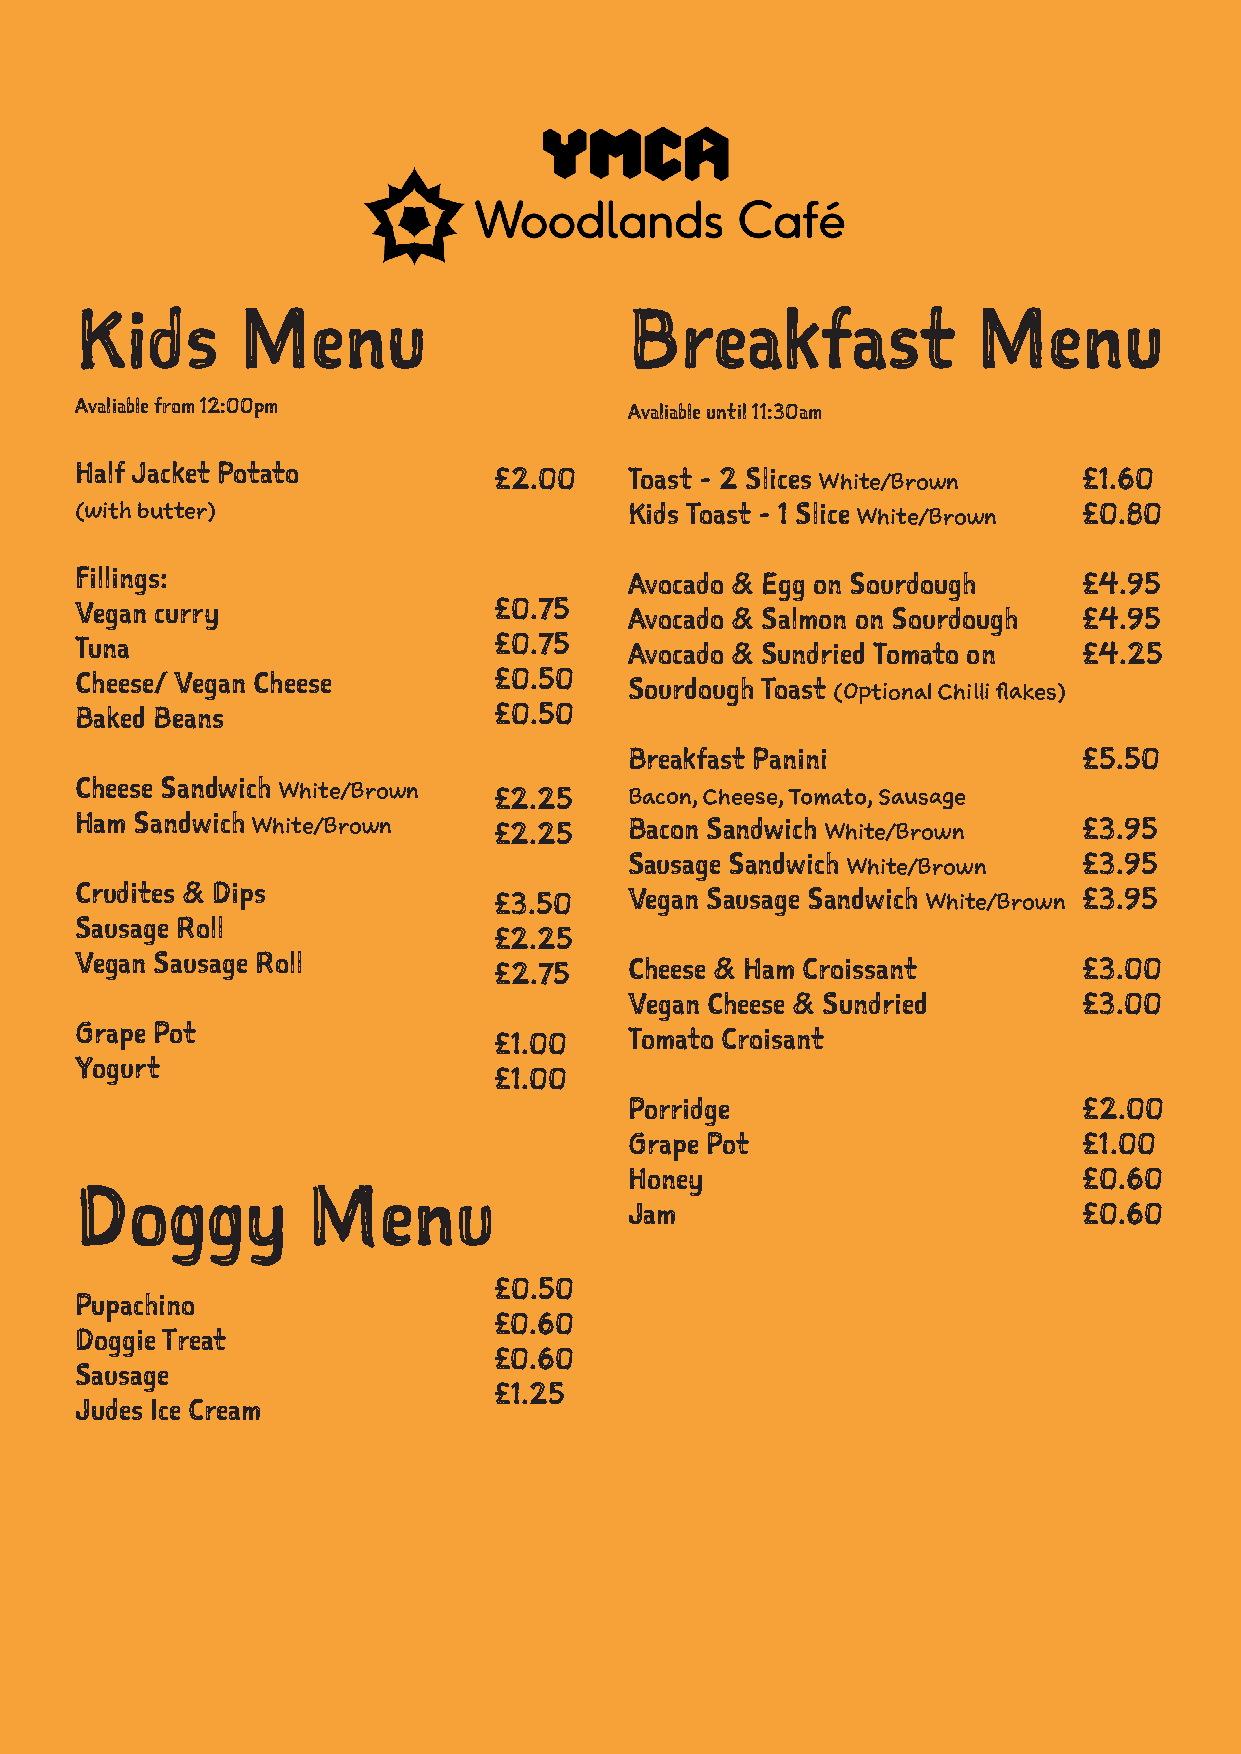
Kids       Menu                      Breakfast              Menu
 Avaliable from 12:00pm               Avaliable until 11:30am
 Half Jacket Potato          £2.00    Toast - 2 Slices White/Brown  £1.60
 (with butter)                        Kids Toast - 1 Slice White/Brown £0.80
 Fillings:                            Avocado & Egg on Sourdough    £4.95
 Vegan curry                 £0.75    Avocado & Salmon on Sourdough £4.95
 Tuna                        £0.75    Avocado & Sundried Tomato on  £4.25
 Cheese/ Vegan Cheese        £0.50    Sourdough Toast (Optional Chilli flakes)
 Baked Beans                 £0.50
 Breakfast Panini              £5.50
 Cheese Sandwich White/Brown £2.25    Bacon, Cheese, Tomato, Sausage
 Ham Sandwich White/Brown    £2.25    Bacon Sandwich White/Brown    £3.95
 Sausage Sandwich White/Brown  £3.95
 Crudites & Dips             £3.50    Vegan Sausage Sandwich White/Brown £3.95
 Sausage Roll
 £2.25
 Vegan Sausage Roll          £2.75    Cheese & Ham Croissant        £3.00
 Vegan Cheese & Sundried       £3.00
 Grape Pot                   £1.00    Tomato Croisant
 Yogurt
 £1.00
 Porridge                      £2.00
 Grape Pot                     £1.00
 Honey                         £0.60
 Doggy          Menu
 Jam                           £0.60
 £0.50
 Pupachino
 £0.60
 Doggie Treat
 £0.60
 Sausage
 £1.25
 Judes Ice Cream